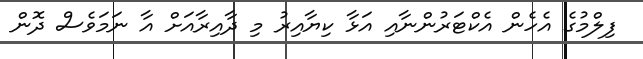
ފިލްމުގެ އެހެން އެކްޓަރުންނާއި އަޅާ ކިޔާއިރު މި ދާއިރާއަށް އާ ނަމަވެސް ދޮން